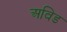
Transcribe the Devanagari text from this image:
अविड